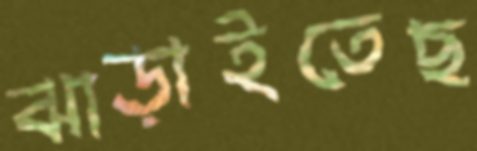
ঝাড়াইতেছ